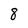
Character: 8